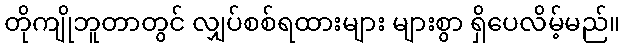
တိုကျိုဘူတာတွင် လျှပ်စစ်ရထားများ များစွာ ရှိပေလိမ့်မည်။